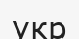
укр